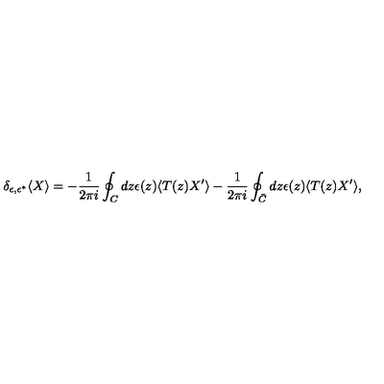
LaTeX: \delta _ { \epsilon , \epsilon ^ { * } } \langle X \rangle = - \frac { 1 } { 2 \pi i } \oint _ { C } d z \epsilon ( z ) \langle T ( z ) X ^ { \prime } \rangle - \frac { 1 } { 2 \pi i } \oint _ { \bar { C } } d z \epsilon ( z ) \langle T ( z ) X ^ { \prime } \rangle ,